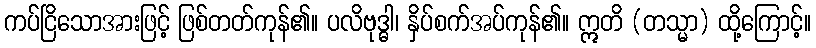
ကပ်ငြိသောအားဖြင့် ဖြစ်တတ်ကုန်၏။ ပလိဗုဒ္ဓါ၊ နှိပ်စက်အပ်ကုန်၏။ ဣတိ (တသ္မာ) ထို့ကြောင့်။